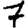
Digit: 7